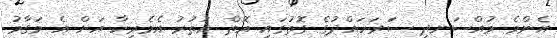
އެންމެ މުއްސަނދި ސަރަހައްދުގެ ގޮތުގައި އޮތް އުތުރު އެމެރިކާ އަށް އެ މަގާމު